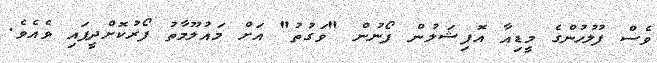
ވެސް ފުލުހުންގެ މީޑިއާ އޮފިޝަލުން ފޯނުން "ވަގުތު" އަށް މައުލޫމާތު ފޯރުކޮށްދީފައި ވެއެވެ.